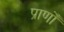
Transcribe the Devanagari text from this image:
प्राणोँ